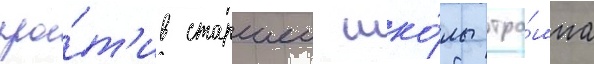
про́т'ив старшеи шко́лы тра́мпа